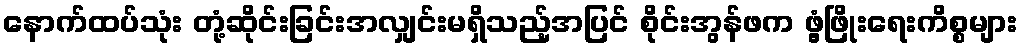
နောက်ထပ်သုံး တုံ့ဆိုင်းခြင်းအလျှင်းမရှိသည့်အပြင် စိုင်းအွန်ဖက ဖွံ့ဖြိုးရေးကိစ္စများ